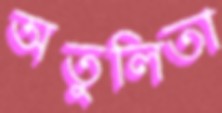
অতুলিতা